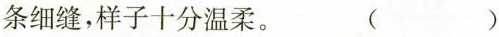
条细缝，样子十分温柔。 ( )